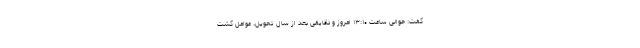
گفت: حوالی ساعت ۱۳:۱۰ امروز و دقایقی بعد از سال تحویل، عوامل گشت